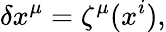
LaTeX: \delta x^{\mu}=\zeta^{\mu}(x^{i}),